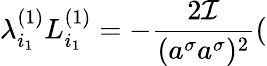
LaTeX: \lambda_{i_{1}}^{(1)}L_{i_{1}}^{(1)}=-\frac{2{\cal I}}{(a^{\sigma}a^{\sigma})^{2}}(